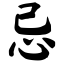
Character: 忌